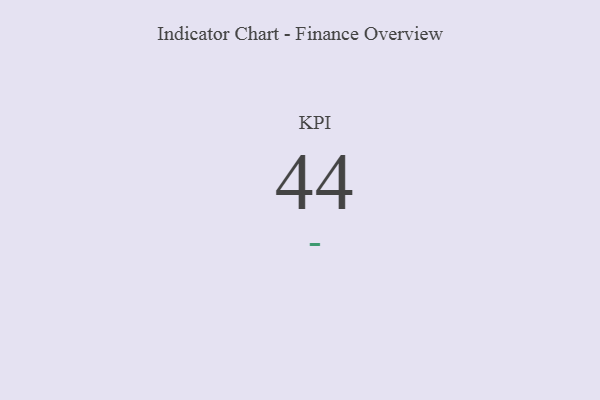
{"axis": {"x": "KPI", "y": "Value"}, "legend": [""], "data": [{"x": "KPI", "y": 44, "type": ""}]}